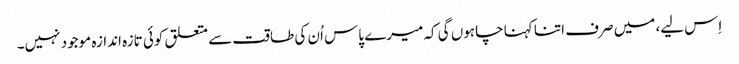
اِس لیے، میں صرف اتنا کہنا چاہوں گی کہ میرے پاس اُن کی طاقت سے متعلق کوئی تازہ اندازہ موجود نہیں۔